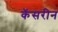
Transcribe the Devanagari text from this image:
कॅसरीन